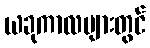
ယခုကာလများတွင်